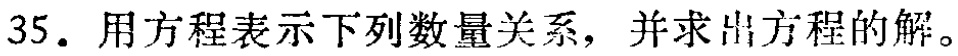
35. 用方程表示下列数量关系，并求出方程的解。